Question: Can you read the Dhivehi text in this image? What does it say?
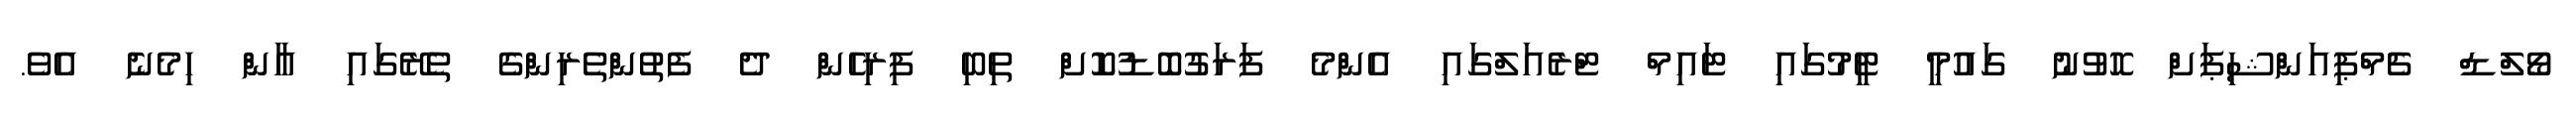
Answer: ވޯލްޑް ޗެމްޕިއަންޝިޕަށް ހޮވުނު ގައުމީ ޓީމުގައި ޓައިމް ޓްރެއަލްގައި އެންމެ ފަރަގުބޮޑުކޮށް ތިބި ފިރިހެން ދެ ފެތުންތެރިންގެ ތެރޭގައި އާން ހިމެނެ އެވެ.